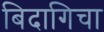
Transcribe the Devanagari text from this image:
बिदागिचा